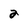
Character: 2